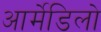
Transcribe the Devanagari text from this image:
आर्मेडिलो